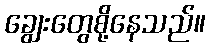
ချွေးတွေစို့နေသည်။